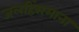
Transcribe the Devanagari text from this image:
जलहिंसमाना